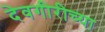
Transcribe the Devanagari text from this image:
देवगीरीच्या